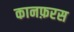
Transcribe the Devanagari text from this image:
कानफ़रस